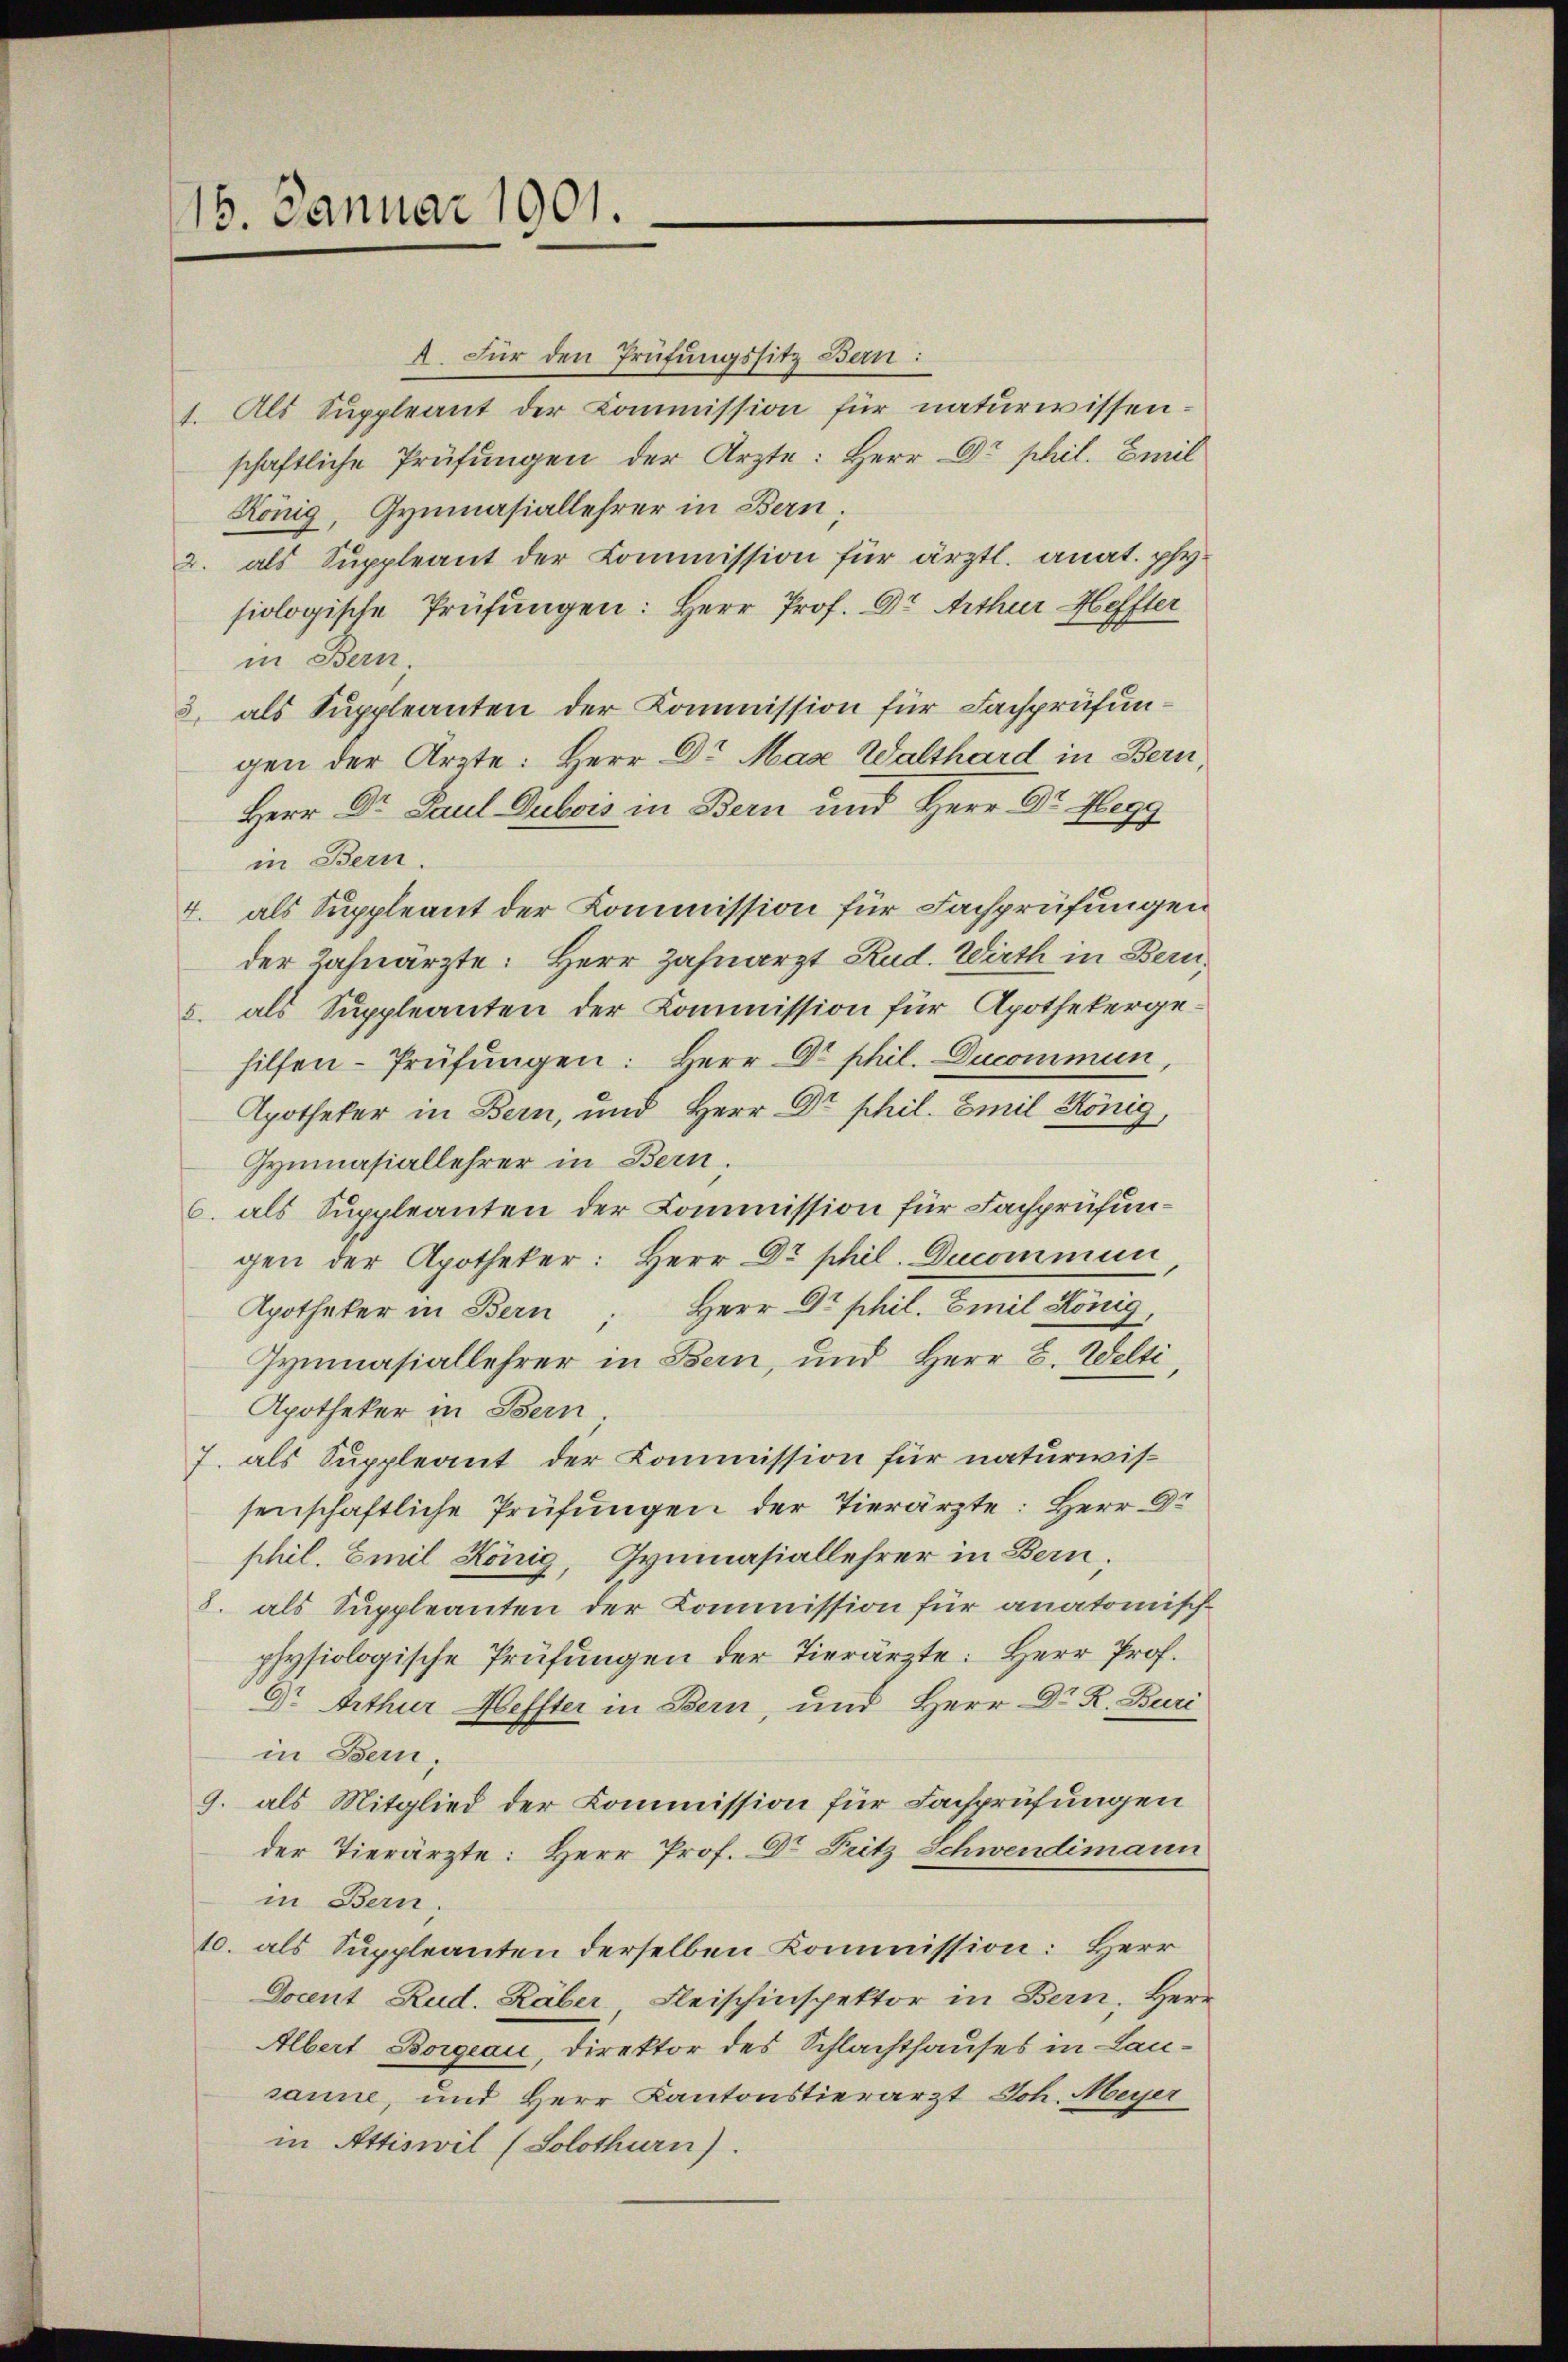
16. Januar 1901.

A. Für den Prüfungssitz Bern:
1. Als Suppleant der Commission für naturwissenschaftliche Prüfungen der Ärzte: Herr Dr. phil. Emil
König, Gymnasiallehrer in Bern
2. als Suppleant der Commission für ärztl. anat. physiologische Prüfungen: Herr Prof. Dr. Arthur Heffter
in Bern.
3. als Suppleanten der Kommission für Fachprüfungen der Ärzte: Herr Dr. Max Walthard in Bern
Herr Dr. Paul Dubois in Bern und Herr Dr. Hegg
in Bern.
4. als Suppleant der Kommission für Fachprüfungen
der Zahnärzte: Herr Zahnarzt Rud. Wirth in Bern
5. als Suppleanten der Kommission für Apothekergehilfen-Prüfŭngen: Herr Dr. phil. Ducommun,
Apotheker in Bern, und Herr Dr. phil. Emil König,
Gymnasiallehrer in Bern.
6. als Suppleanten der Commission für Fachprüfungen der Apotheker: Herr Dr. phil. Ducommun
Herr Dr. phil. Emil König,
Apotheker in Bern
Gymnasiallehrer in Bern, und Herr C. Welti
Apotheker in Bern
J. als Suppleant der Kommission für naturwis-
senschaftliche Prüfungen der Tierärzte: Herr Dr
phil. Emil König, Gymnasiallehrer in Bern.
8. als Suppleanten der Kommission für anatomisch-
physiologische Prüfungen der Tierärzte: Herr Prof.
O. Arthur Heffter in Bern, und Herr Dr. R. Buri
in Bern,
9. als Mitglied der Kommission für Lachprüfungen
der Tierärzte: Herr Prof. Dr Fritz Schwendimann
in Bern;
10. als Suppleanten derselben Kommission: Herr
Docent Rud. Räber Fleischinspektor in Bern. Herr
Albert Borgeau, Direktor des Schlachthauses in Lausanne, und Herr Kantonstierarzt Joh. Meyer
in Attiswil (Solothurn).